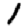
Digit: 1